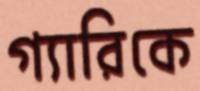
গ্যারিকে